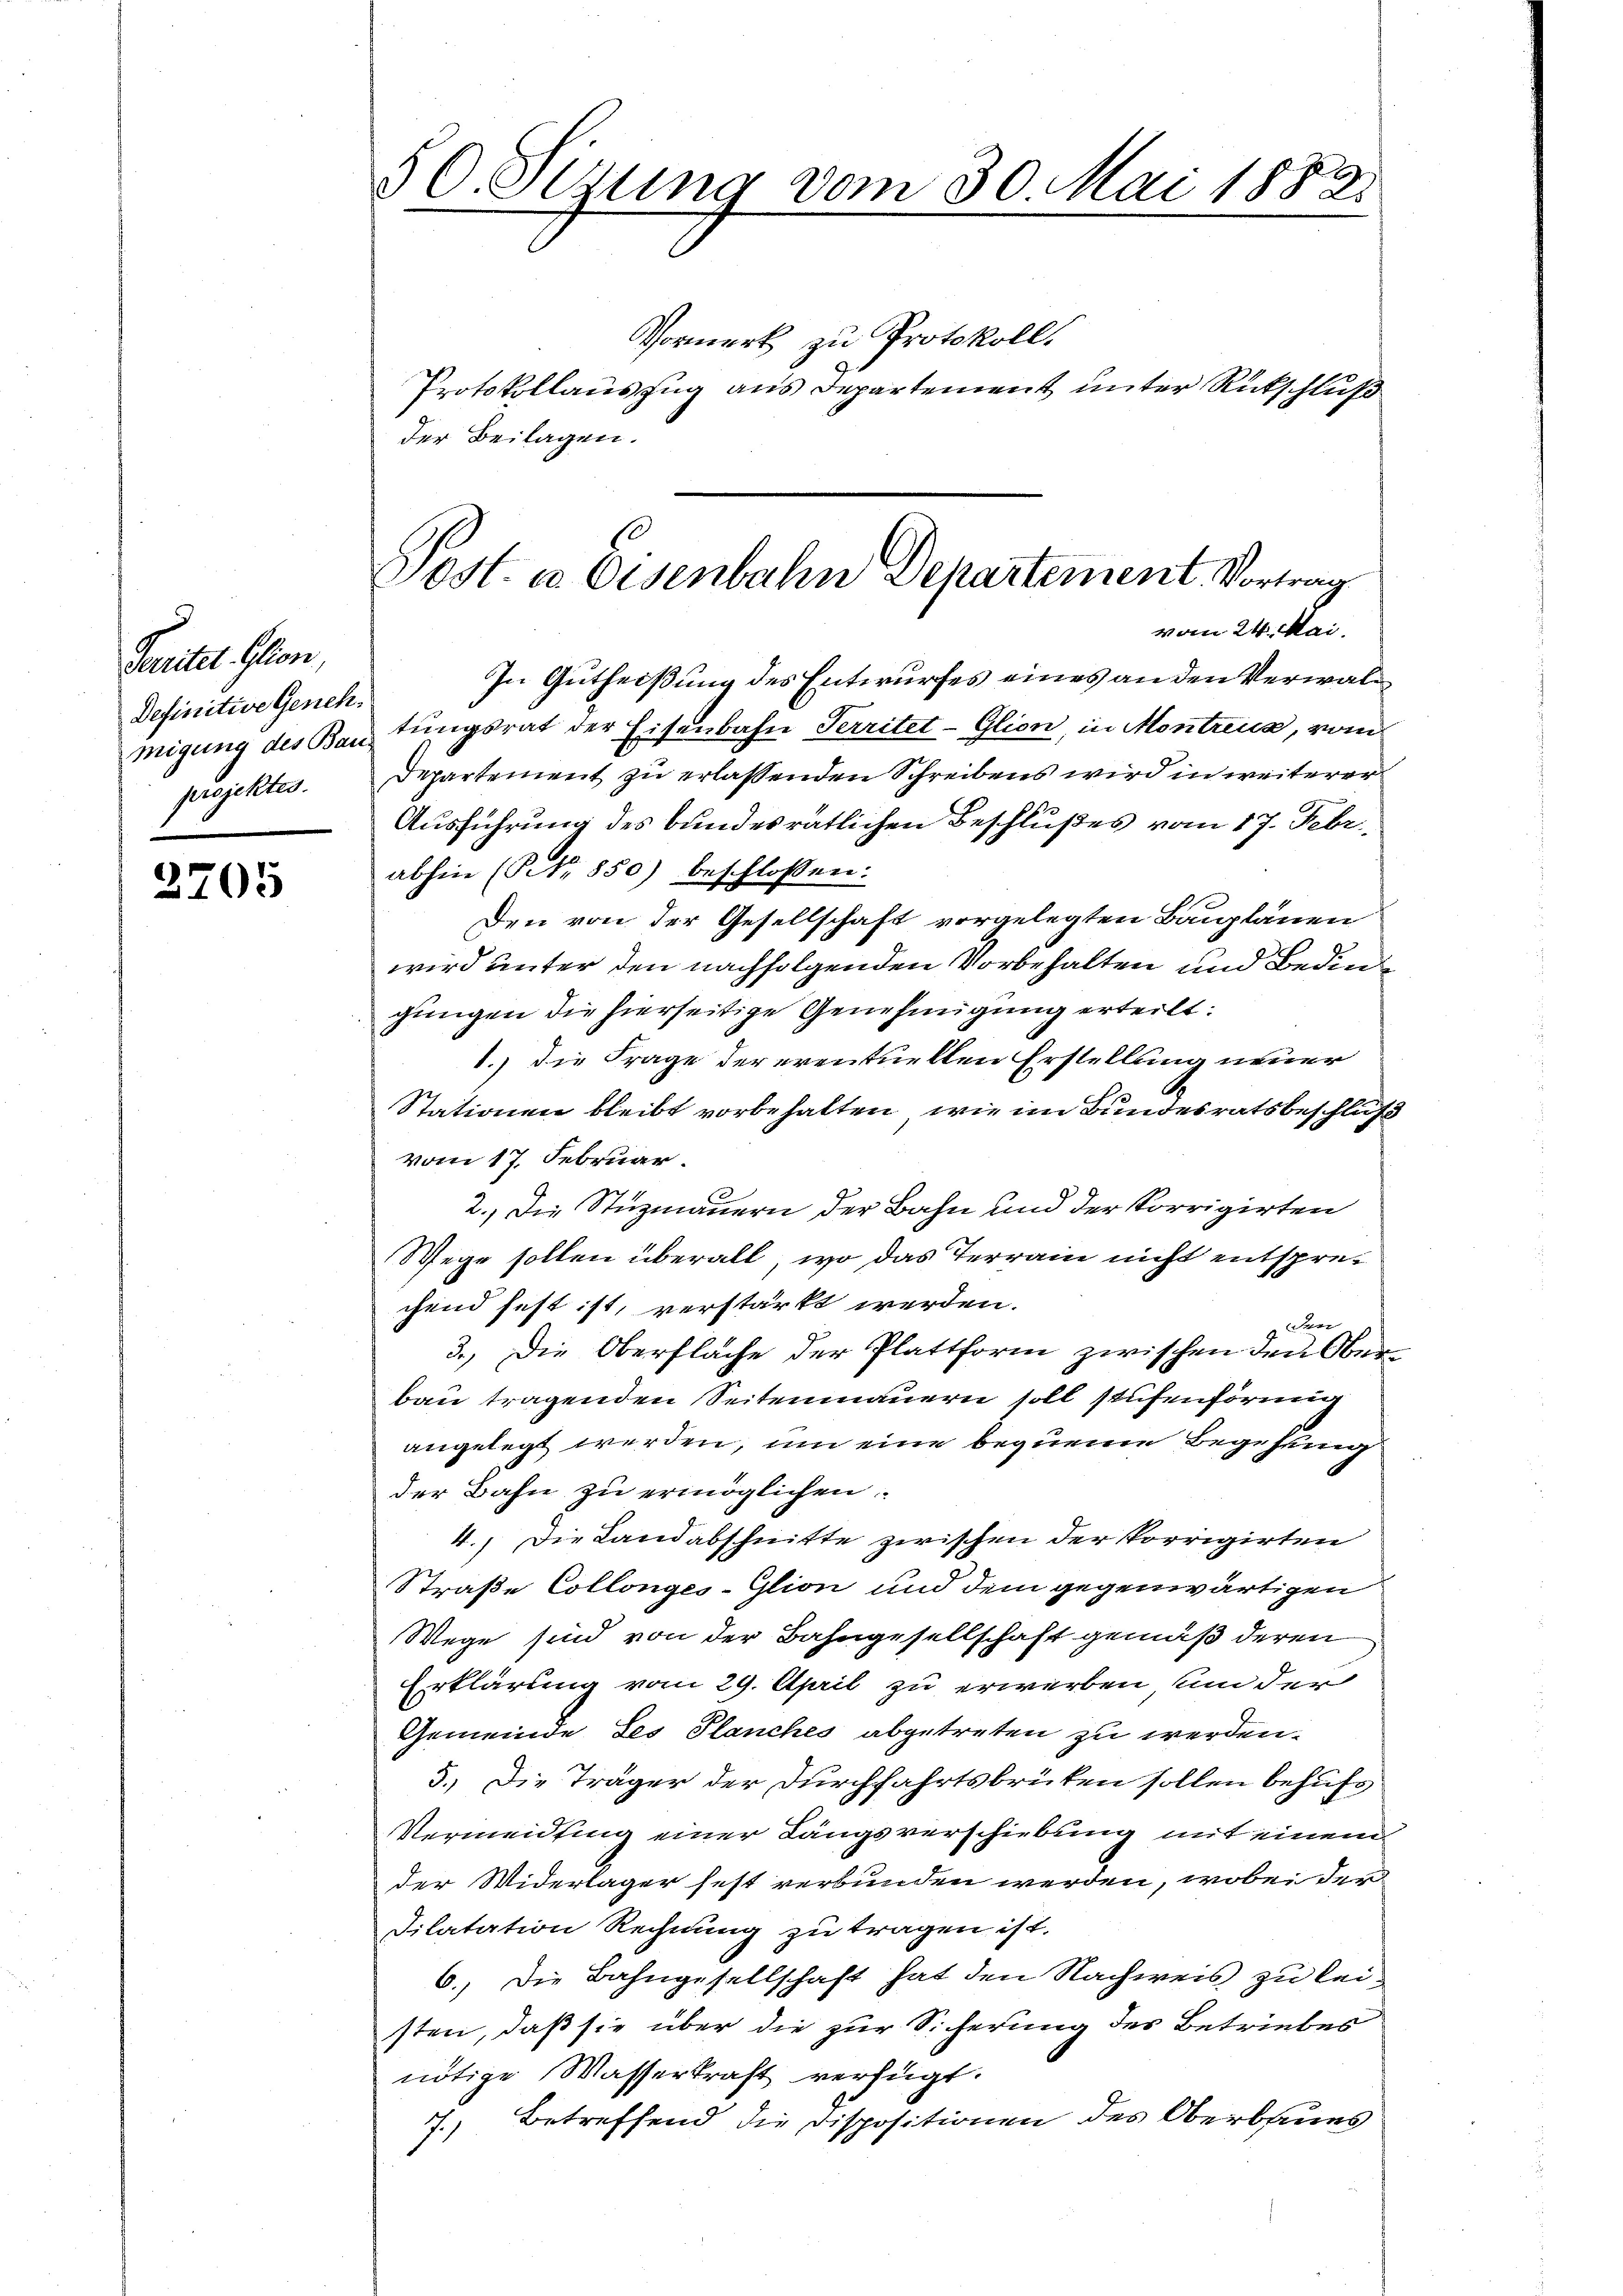
Fendet. Herr
Definitive Genehmigung des Bau-
projektes.

2705

50. Sizung vom 30. Mai 1882

Vormerk zu Protokoll.
Protokollauszug aus Departement unter Rückschluß
der Beilagen.
In Gutheißung des Entwurfes eines an den Verwaltungsrat der Eisenbahn Territet-Glion, in Montreux, vom
Departement zu erlassenden Schreibens wird in weiterer
Ausführung des bundesrätlichen Beschlußes vom 17. Febr.
abhin (Prt. 850) beschlossen:
Den von der Gesellschaft vorgelegten Bauplänen
wird unter den nachfolgenden Vorbehalten und Bedingungen die hierseitige Genehmigung erteilt:
1.) die Frage der eventuellen Erstellung neuer
Stationen bleibt vorbehalten, wie im Bundesratsbeschluß
vom 17. Februar.
2.) Die Stuzmauern der Bahn und der Korrigirten
Wege sollen überall, wo das Terrain nicht entsprechend fest ist, verstärkt werden.
den
3.) Die Oberfläche der Plattform zwischen den Oberbau tragenden Seitenmauern soll stufenförmig
angelegt werden, um eine bequeme Begehung
der Bahn zu ermöglichen.
4.) Die Landabschnitte zwischen der korrigirten
Straße Collonges-Glion und dem gegenwärtigen
Wege sind von der Bahngesellschaft gemäß deren
Erklärung vom 29. April zu erwerben nun der
Gemeinde des Planches abgetreten zu werden.
5.) Die Träger der Durchfahrtsbrüten sollen behufs
Vermeidling einer Längsverschiebung mit einem
der Widerlager fest verbunden werden, wobei der
Dilatation Rechnung zu tragen ist.
6.) Die Bahngesellschaft hat den Nachweis zu leisten, daß sie über die zur Sicherung des Betriebes
nötige Wasserkraft verfügt.
7.) Betreffend die Dispositionen des Oberbaues

Post. in Eisenbahn Departement Vortrag
vom 24. Mai.